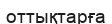
оттықтарға